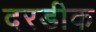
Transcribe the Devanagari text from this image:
दरडीक